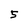
Character: 5